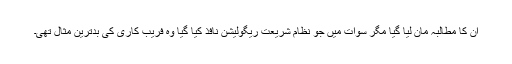
ان کا مطالبہ مان لیا گیا مگر سوات میں جو نظام شریعت ریگولیشن نافذ کیا گیا وہ فریب کاری کی بدترین مثال تھی۔